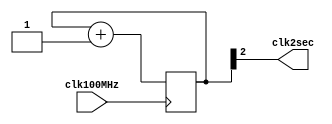
`timescale 1ns / 1ps
//////////////////////////////////////////////////////////////////////////////////
// Company: 
// Engineer: 
// 
// Design Name: 
// Module Name: clkDivider_2sec
// Project Name: 
// Target Devices: 
// Tool Versions: 
// Description: 
// 
// Dependencies: 
// 
// Revision:
// Revision 0.01 - File Created
// Additional Comments:
// 
//////////////////////////////////////////////////////////////////////////////////


module clkDivider_2sec(clk100MHz, clk2sec);
    input clk100MHz;
    output clk2sec;

    reg[28:0] counter;
    //assign clk2sec = counter[28];
    assign clk2sec = counter[2]; //FOR TESTING
    
    initial begin
        counter = 0;
    end
    
    always @ (posedge clk100MHz) begin
        counter <= counter + 1; 
    end
    
endmodule